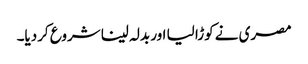
مصری نے کوڑا لیا اور بدلہ لینا شروع کردیا۔